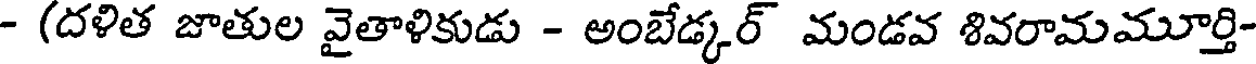
- (దళిత జాతుల వైతాళికుడు - అంబేడ్కర్ మండవ శివరామమూర్తి-